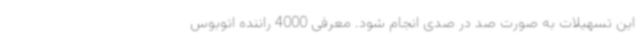
این تسهیلات به صورت صد در صدی انجام شود. معرفی 4000 راننده اتوبوس